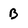
Character: B